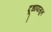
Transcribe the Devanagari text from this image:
दूधापासून